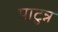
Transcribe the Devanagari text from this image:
पाटुन्न